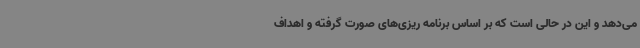
می‌دهد و این در حالی است که بر اساس برنامه ریزی‌های صورت گرفته و اهداف